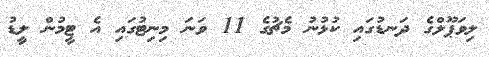
ލިވަޕޫލްގެ ދަނޑުގައި ކުޅުނު މެޗުގެ 11 ވަނަ މިނިޓުގައި އެ ޓީމުން ލީޑު